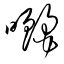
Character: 曬